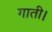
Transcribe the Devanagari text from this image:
गाती।